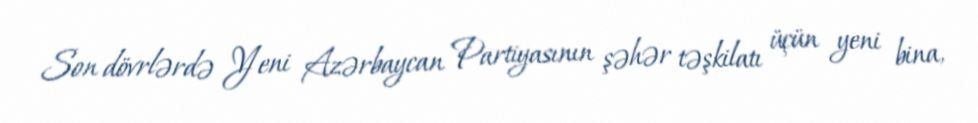
Son dövrlərdə Yeni Azərbaycan Partiyasının şəhər təşkilatı üçün yeni bina,